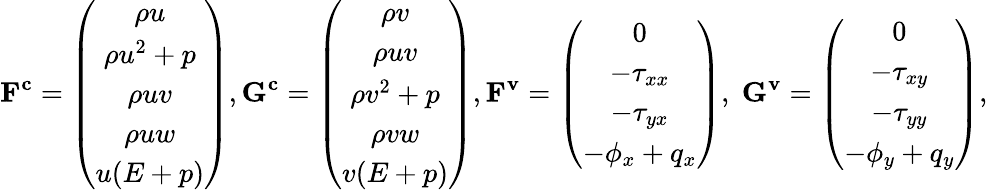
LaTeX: \mathbf{F^{c}}=\left(\begin{array}{c}{\rho u}\\ {\rho u^{2}+p}\\ {\rho uv}\\ {\rho uw}\\ {u(E+p)}\end{array}\right),\mathbf{G^{c}}=\left(\begin{array}{c}{\rho v}\\ {\rho uv}\\ {\rho v^{2}+p}\\ {\rho vw}\\ {v(E+p)}\end{array}\right),\mathbf{F^{v}}=\left(\begin{array}{c}{0}\\ {-\tau_{xx}}\\ {-\tau_{yx}}\\ {-\phi_{x}+q_{x}}\end{array}\right),\; \mathbf{G^{v}}=\left(\begin{array}{c}{0}\\ {-\tau_{xy}}\\ {-\tau_{yy}}\\ {-\phi_{y}+q_{y}}\end{array}\right),